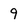
Character: 9